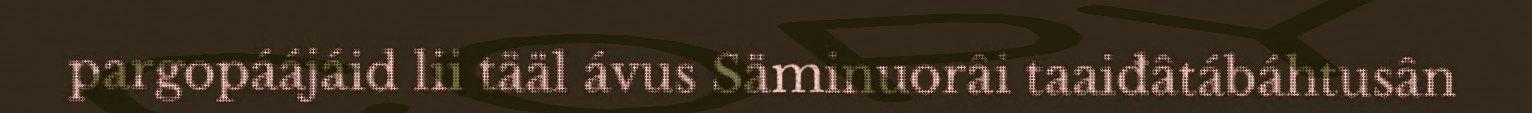
pargopáájáid lii tääl ávus Säminuorâi taaiđâtábáhtusân